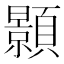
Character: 顥